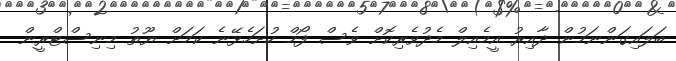
ބަލައިގަންނަމުން ދާއިރު އީމެއިލް މެދުވެރިކޮށް ވެސް ފޯމް ހުށަހެޅޭނެ ކަމަށް ޔޫތު މިނިސްޓްރީން